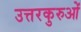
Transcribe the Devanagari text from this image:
उत्तरकुरुओं